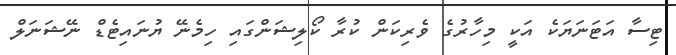
ޓިސާ އަޓަނަޔަކެ އަކީ މިހާރުގެ ވެރިކަން ކުރާ ކޯލިޝަންގައި ހިމެނޭ ޔުނައިޓެޑް ނޭޝަނަލް